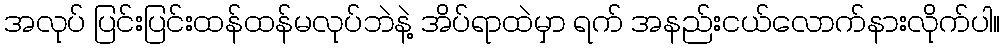
အလုပ် ပြင်းပြင်းထန်ထန်မလုပ်ဘဲနဲ့ အိပ်ရာထဲမှာ ရက် အနည်းငယ်လောက်နားလိုက်ပါ။